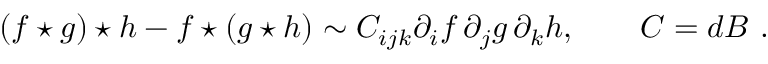
( f \star g ) \star h - f \star ( g \star h ) \sim C _ { i j k } \partial _ { i } f \, \partial _ { j } g \, \partial _ { k } h , \qquad C = d B \, \, .